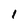
Character: 1